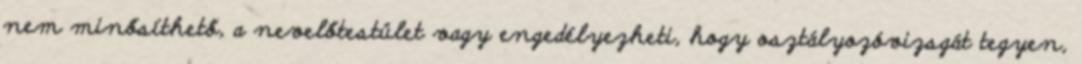
nem minősíthető, a nevelőtestület vagy engedélyezheti, hogy osztályozóvizsgát tegyen,